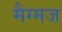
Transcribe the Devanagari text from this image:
मैग्मज